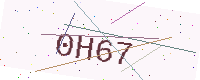
Text: 0H67